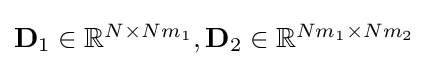
{\textstyle \mathbf {D} _{1}\in \mathbb {R} ^{N\times Nm_{1}},\mathbf {D} _{2}\in \mathbb {R} ^{Nm_{1}\times Nm_{2}}}